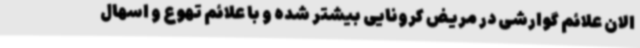
الان علائم گوارشی در مریض کرونایی بیشتر شده و با علائم تهوع و اسهال